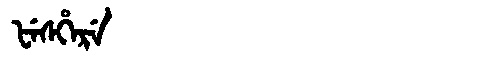
Manchu: ᡶᡝᠰᡥᡝᡵᡝ
Romanization: FESHERE